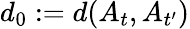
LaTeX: d_{0}:=d(A_{t},A_{t^{\prime}})